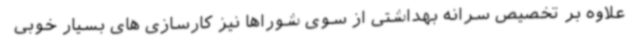
علاوه بر تخصیص سرانه بهداشتی از سوی شوراها نیز کارسازی های بسیار خوبی